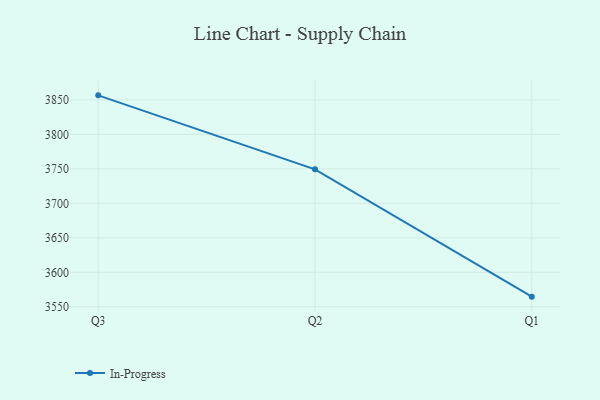
{"axis": {"x": "Quarter", "y": "Shipments"}, "legend": ["In-Progress"], "data": [{"x": "Q3", "y": 3856.5, "type": "In-Progress"}, {"x": "Q2", "y": 3749.3, "type": "In-Progress"}, {"x": "Q1", "y": 3564.7, "type": "In-Progress"}]}